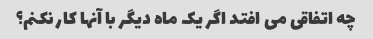
چه اتفاقی می افتد اگر یک ماه دیگر با آنها کار نکنم؟